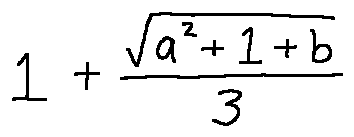
1 + \frac { \sqrt { a ^ { 2 } + 1 + b } } { 3 }